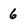
Character: 6